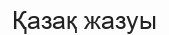
Қазақ жазуы